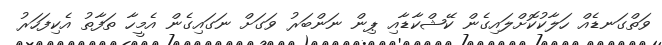
ވަތްގަނޑެއް ހަލާކުކޮށްލައިގެން ކޭޝްކާޑާއި ޕިން ނަންބަރު ވަގަށް ނަގައިގެން އެމީހާ ތަފާތު އެކިފަހަރު